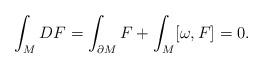
LaTeX: \begin{align*}\int_M DF= \int_{\partial M} F + \int_ M[\omega,F] =0 .\end{align*}